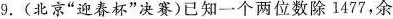
9.(北京”迎春杯”决赛)已知一个两位数除1477，余